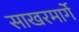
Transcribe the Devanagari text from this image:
साखरमार्गे